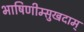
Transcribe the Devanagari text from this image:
भाषिणीम्सुखदाम्